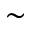
\sim